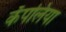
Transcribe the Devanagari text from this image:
कॅपलिया